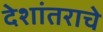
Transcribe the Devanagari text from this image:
देशांतराचे